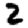
Digit: 2